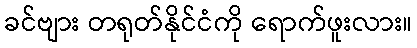
ခင်ဗျား တရုတ်နိုင်ငံကို ရောက်ဖူးလား။